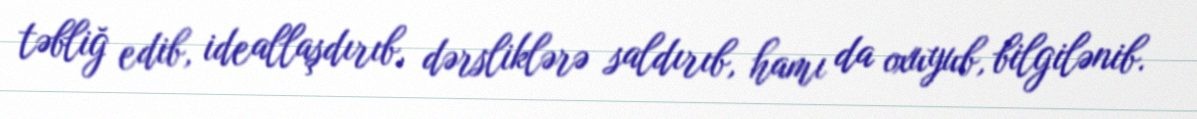
təbliğ edib, ideallaşdırıb, dərsliklərə saldırıb, hamı da oxuyub, bilgilənib.